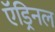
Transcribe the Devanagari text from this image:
ऍड्रिनल